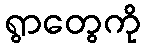
ရွာတွေကို